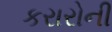
કરારોની